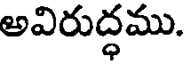
అవిరుద్ధము.